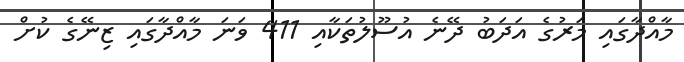
މާއްދާގައި މަރުގެ އަދަބު ދޭނެ އުސޫލުތަކާއި 411 ވަނަ މާއްދާގައި ޒިނޭގެ ކުށް